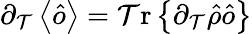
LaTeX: \partial_{\mathcal{T}}\left\langle\hat{{o}}\right\rangle=\mathrm{{\mathcal{T}r}}\left\{ \partial_{\mathcal{T}}\hat{{\rho}}\hat{{o}}\right\}